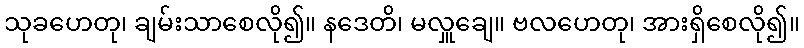
သုခဟေတု၊ ချမ်းသာစေလို၍။ နဒေတိ၊ မလှူချေ။ ဗလဟေတု၊ အားရှိစေလို၍။